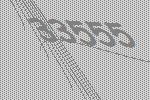
33555